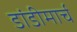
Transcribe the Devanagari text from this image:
डांडीमार्च